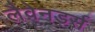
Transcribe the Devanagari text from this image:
लैवेनडर्स